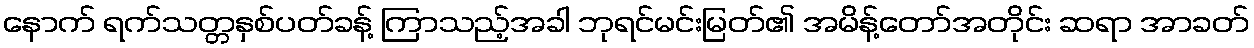
နောက် ရက်သတ္တနှစ်ပတ်ခန့် ကြာသည့်အခါ ဘုရင်မင်းမြတ်၏ အမိန့်တော်အတိုင်း ဆရာ အာခတ်